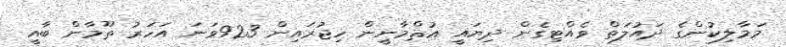
މަމާލިކުންގެ ދައުލަތް ވެއްޓިގެން ދިޔައީ ޢުޘްމާނީން ހިޖުރައިން 923ވަނަ އަހަރު ތޫމާން ބާއީ